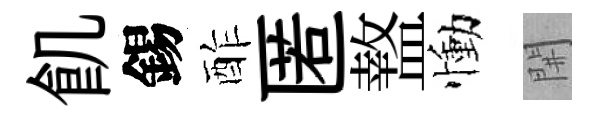
飢錫酢匿盩慟𨳩